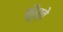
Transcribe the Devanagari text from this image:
कूँस्ते